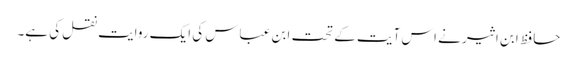
حافظ ابن اثیر نے اس آیت کے تحت ابن عباس کی ایک روایت نقل کی ہے۔